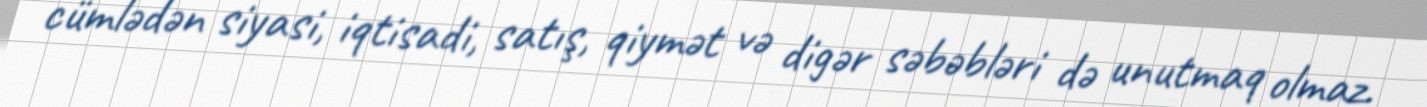
cümlədən siyasi, iqtisadi, satış, qiymət və digər səbəbləri də unutmaq olmaz.